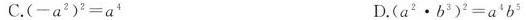
C.(-a^{2})^{2}=a^{4} D.(a^{2}·b^{3})^{2}=a^{4}b^{5}